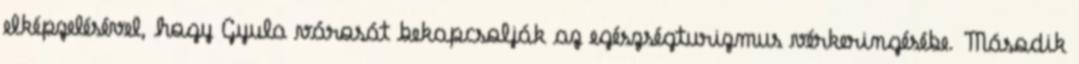
elképzelésével, hogy Gyula városát bekapcsolják az egészségturizmus vérkeringésébe. Második